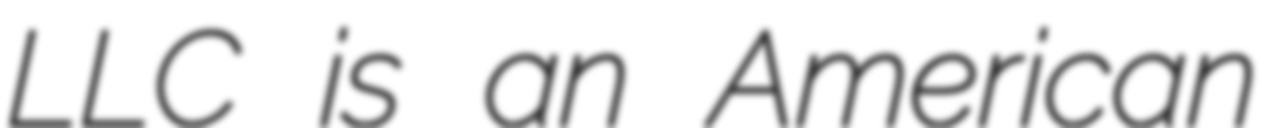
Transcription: LLC is an American